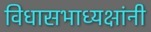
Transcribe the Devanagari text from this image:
विधासभाध्यक्षांनी